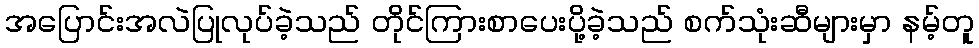
အပြောင်းအလဲပြုလုပ်ခဲ့သည် တိုင်ကြားစာပေးပို့ခဲ့သည် စက်သုံးဆီများမှာ နမ့်တူ